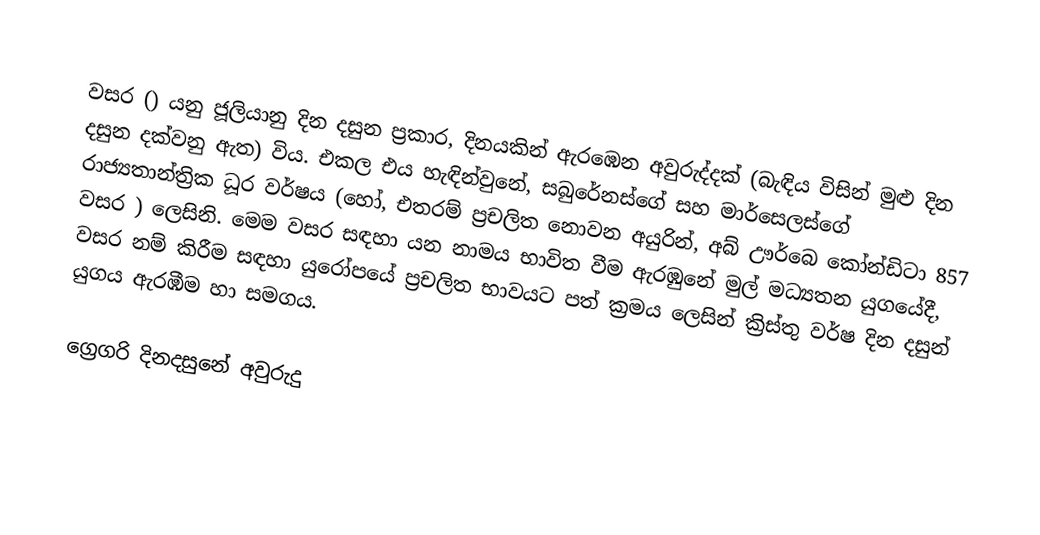

වසර   () යනු  ජූලියානු දින දසුන ප්‍රකාර,    දිනයකින් ඇරඹෙන  අවුරුද්දක්   (බැඳිය විසින් මුළු දින දසුන දක්වනු ඇත)  විය. එකල එය හැඳින්වුනේ, 	සබුරේනස්ගේ	 සහ 	මාර්සෙලස්ගේ	  රාජ්‍යතාන්ත්‍රික  ධූර වර්ෂය  (හෝ, එතරම් ප්‍රචලිත නොවන අයුරින්,  අබ් ඌර්බෙ කෝන්ඩිටා 	857	  වසර  ) ලෙසිනි. මෙම වසර සඳහා   යන නාමය භාවිත වීම ඇරඹුනේ මුල් මධ්‍යතන යුගයේදී, වසර නම් කිරීම සඳහා යුරෝපයේ ප්‍රචලිත භාවයට පත් ක්‍රමය ලෙසින් ක්‍රිස්තු වර්ෂ දින දසුන් යුගය ඇරඹීම හා සමගය.

ග්‍රෙගරි දිනදසුනේ අවුරුදු